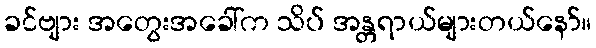
ခင်ဗျား အတွေးအခေါ်က သိပ် အန္တရာယ်များတယ်နော်။